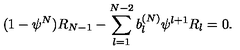
( 1 - { \psi } ^ { N } ) R _ { N - 1 } - \sum _ { l = 1 } ^ { N - 2 } b _ { l } ^ { ( N ) } { \psi } ^ { l + 1 } R _ { l } = 0 .